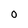
Character: 0